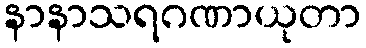
နာနာသရဂဏာယုတာ